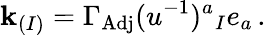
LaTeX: \mathbf{k}_{(I)}=\Gamma_{\mathrm{{Adj}}}(u^{-1})^{a}{}_{I}e_{a}\, .